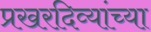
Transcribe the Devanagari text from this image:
प्रखरदिव्यांच्या